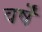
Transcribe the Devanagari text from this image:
वर्षॆं